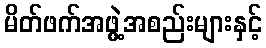
မိတ်ဖက်အဖွဲ့အစည်းများနှင့်